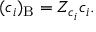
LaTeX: ( c _ { i } ) _ { \mathrm { B } } = Z _ { c _ { i } } c _ { i } .